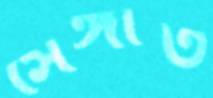
সেঙ্গাত